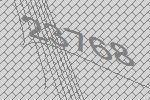
23768